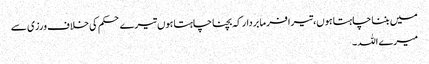
میں بننا چاہتا ہوں،تیرا فرما بردار کہ بچنا چاہتا ہوں تیرے حکم کی خلاف ورزی سے
میرے اللہ ۔